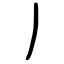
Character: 丿